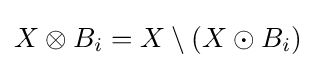
X\otimes B_{i}=X\setminus (X\odot B_{i})